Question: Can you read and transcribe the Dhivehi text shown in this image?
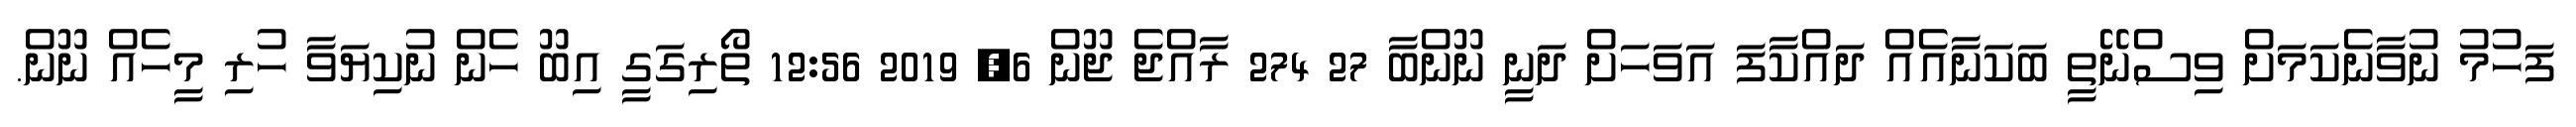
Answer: ފަހުމު ނުވާނެކަމަށް ވިސްނޭތީ ބަކަނާއެއް ދައްކާފަ އަވަހަށް ދަނީ ނޫންބާ 27 274 ރާއްޖެ ޖޫން 6, 2019 12:56 ތޯރިގަގީ އިބޫ ހެން ނުކިޔަވާ ހުރި މީހެއް ނޫން.